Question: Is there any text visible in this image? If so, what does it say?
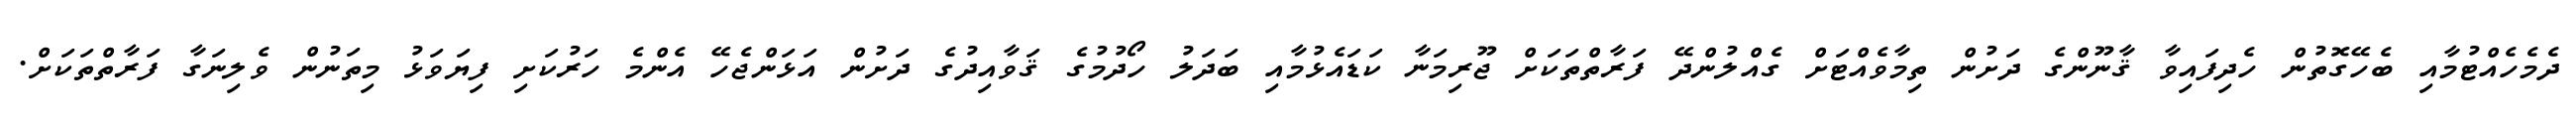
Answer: ދެމެހެއްޓުމާއި ބެހޭގޮތުން ހެދިފައިވާ ޤާނޫންގެ ދަށުން ތިމާވެއްޓަށް ގެއްލުންދޭ ފަރާތްތަކަށް ޖޫރިމަނާ ކަޑައެޅުމާއި ބަދަލު ހޯދުމުގެ ޤަވާއިދުގެ ދަށުން އަޅަންޖެހޭ އެންމެ ހަރުކަށި ފިޔަވަޅު މިތަނުން ވެލިނަގާ ފަރާތްތަކަށް.